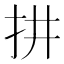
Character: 𢪝